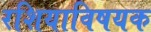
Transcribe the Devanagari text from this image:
रशियाविषयक